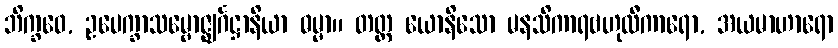
ဘိက္ခဝေ, ဥပေက္ခာသမ္ဗောဇ္ဈင်္ဂဋ္ဌာနိယာ ဓမ္မာ။ တတ္ထ ယောနိသော မနသိကာရဗဟုလီကာရော, အယမာဟာရော